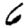
Digit: 6